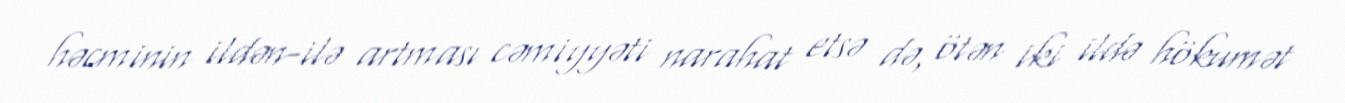
həcminin ildən-ilə artması cəmiyyəti narahat etsə də, ötən iki ildə hökumət